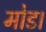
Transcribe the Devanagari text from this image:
मोड।